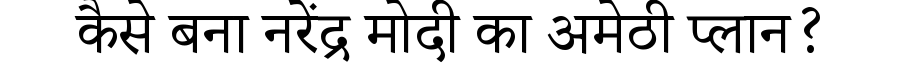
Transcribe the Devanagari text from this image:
कैसे बना नरेंद्र मोदी का अमेठी प्लान?